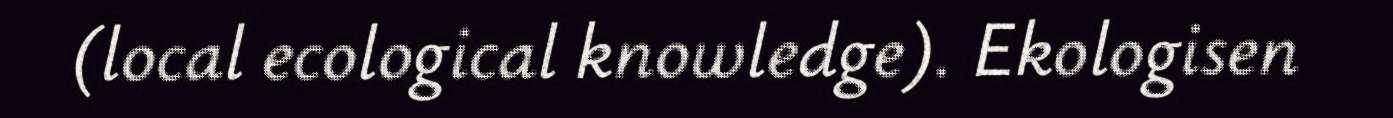
(local ecological knowledge). Ekologisen